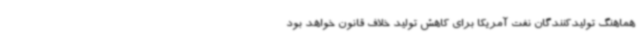
هماهنگ تولیدکنندگان نفت آمریکا برای کاهش تولید خلاف قانون خواهد بود